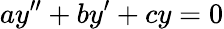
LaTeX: ay^{\prime\prime}+by^{\prime}+cy=0